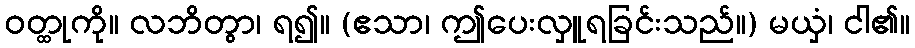
ဝတ္ထုကို။ လဘိတွာ၊ ရ၍။ (ဧသာ၊ ဤပေးလှူရခြင်းသည်။) မယှံ၊ ငါ၏။